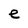
Character: e